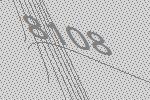
8108